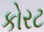
કોરટ